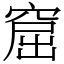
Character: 窟